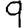
Digit: 9